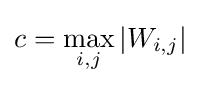
c=\max _{i,j}|W_{i,j}|